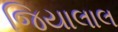
જિયાલાલ